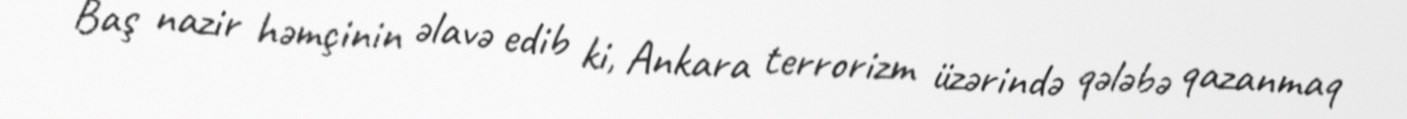
Baş nazir həmçinin əlavə edib ki, Ankara terrorizm üzərində qələbə qazanmaq